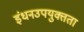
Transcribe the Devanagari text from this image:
इंधनउपयुक्तता